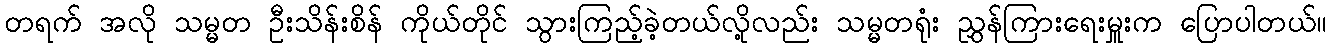
တရက် အလို သမ္မတ ဦးသိန်းစိန် ကိုယ်တိုင် သွားကြည့်ခဲ့တယ်လို့လည်း သမ္မတရုံး ညွှန်ကြားရေးမှူးက ပြောပါတယ်။